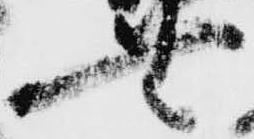
無